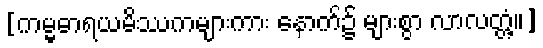
[ကမ္မဓာရယမိဿကများကား နောက်၌ များစွာ လာလတ္တံ့။]